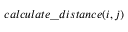
c a l c u l a t e \_ d i s t a n c e ( i , j )